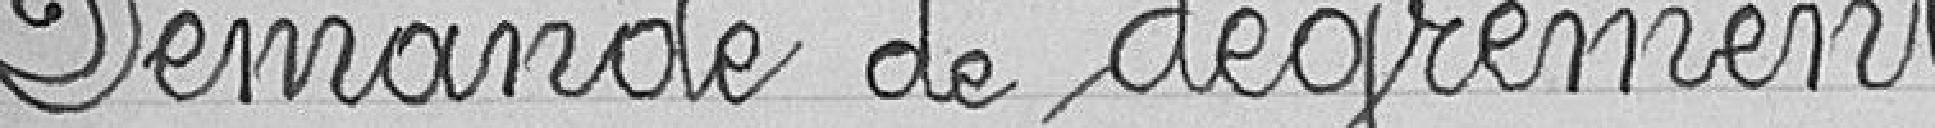
Demande de dégrèvement